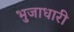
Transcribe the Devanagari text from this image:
भुजाधारी